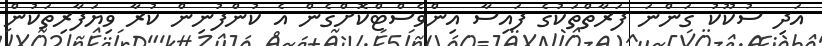
އަދި ސުކޫކު ގަންނަ ފަރާތްތަކުގެ ފައިސާ އިންވެސްޓްކޮށްގެން އެ ކުންފުނިން ކުރާ ވިޔަފާރިތަކުން